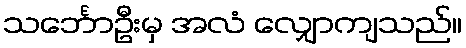
သင်္ဘောဦးမှ အလံ လျှောကျသည်။